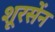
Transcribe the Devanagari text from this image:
शूरसेंन